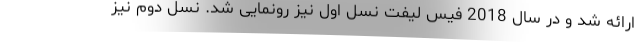
ارائه شد و در سال 2018 فیس لیفت نسل اول نیز رونمایی شد. نسل دوم نیز